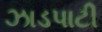
ઝાડપાટી